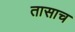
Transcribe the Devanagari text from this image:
तासाच